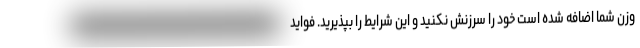
وزن شما اضافه شده است خود را سرزنش نکنید و این شرایط را بپذیرید. فواید